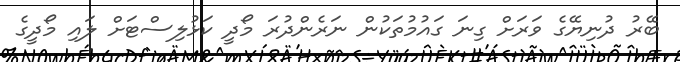
ބޭރު ދުނިޔޭގެ ވަރަށް ގިނަ ގައުމުތަކުން ނަރެންދުރަ މޯދީ ކަޅުލިސްޓަށް ލައި މޯދީގެ